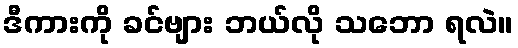
ဒီကားကို ခင်ဗျား ဘယ်လို သဘော ရလဲ။